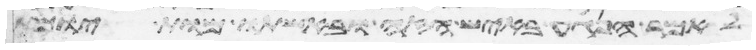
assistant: לאמר הנגע באיש הזה ובאשתו מות יומת